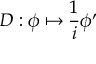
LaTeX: D : \phi \mapsto { \frac { 1 } { i } } \phi ^ { \prime }